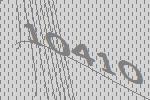
10410